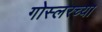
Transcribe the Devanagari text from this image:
गोस्लरच्या